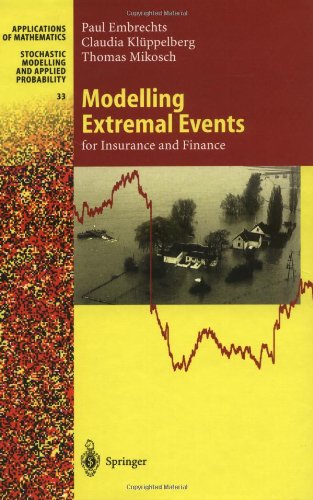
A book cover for Modelling Extremal Events: for Insurance and Finance (Stochastic Modelling and Applied Probability); Paul Embrechts; Business & Money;